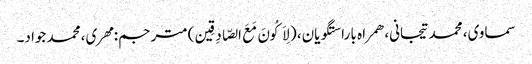
سماوی، محمد تیجانی، همراه با راستگویان، (لِاَکُونَ مَعَ الصّادِقِین) مترجم: مهری، محمد جواد۔